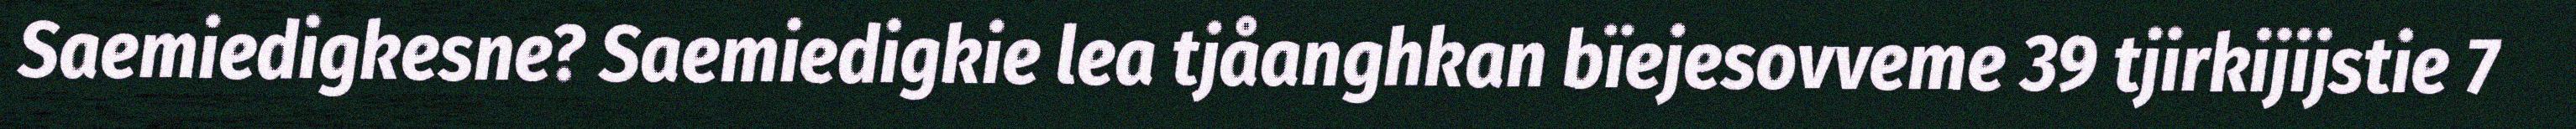
Saemiedigkesne? Saemiedigkie lea tjåanghkan bïejesovveme 39 tjirkijijstie 7